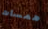
همسات